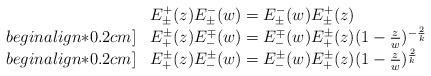
LaTeX: \begin{align*}\begin{array}{lll}&E^+_{\pm}(z)E^-_{\pm}(w)=E^-_{\pm}(w)E^+_{\pm}(z)\mspace{155mu}\\begin{align*}0.2cm]&E^{\pm}_+(z)E^{\mp}_-(w)=E^{\mp}_-(w)E^{\pm}_+(z)(1-\frac{z}{w})^{-\frac{2}{k}}\\begin{align*}0.2cm]&E^{\pm}_+(z)E^{\pm}_-(w)=E^{\pm}_-(w)E^{\pm}_+(z)(1-\frac{z}{w})^{\frac{2}{k}}\end{array} \end{align*}